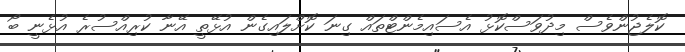
ކޮލެޖުންވެސް މިދުވަސްކޮޅު އެސައިމެންޓްތައް ގިނަ ކޮށްލައިގެން އުޅޭތީ އޭނާ ކުރިއްސުރެ އުޅެނީ ބޯ